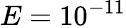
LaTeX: E=10^{-11}